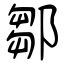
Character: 鄒